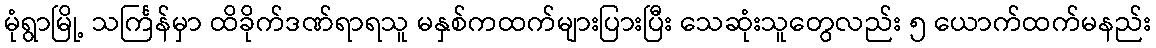
မုံရွာမြို့ သင်္ကြန်မှာ ထိခိုက်ဒဏ်ရာရသူ မနှစ်ကထက်များပြားပြီး သေဆုံးသူတွေလည်း ၅ ယောက်ထက်မနည်း